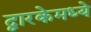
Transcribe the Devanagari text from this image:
द्वारकेमध्ये